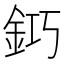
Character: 𨥿